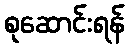
စုဆောင်းရန်